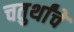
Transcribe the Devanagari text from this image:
चतुर्थांचे